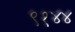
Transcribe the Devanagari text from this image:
९१४४